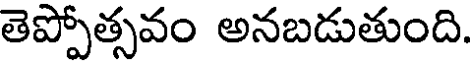
తెప్పోత్సవం అనబడుతుంది.